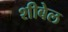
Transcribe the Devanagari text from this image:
शीबेल